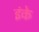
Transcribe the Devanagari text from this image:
इंके